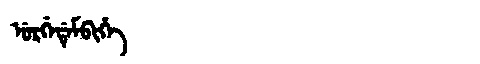
Manchu: ᡠᡵᡤᡝᡩᡝᠮᠪᡳᡥᡝ
Romanization: URGEDEMBIHE